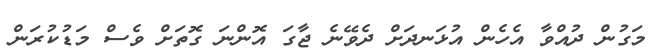
މަގުން ދުއްވާ އެހެން އުޅަނދަށް ދެވޭނެ ޖާގަ އޮންނަ ގޮތަށް ވެސް މަޑުކުރަން